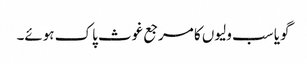
گویا سب ولیوں کا مرجع غوث پاک ہوئے۔